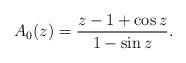
LaTeX: \begin{align*} A_0(z)=\frac{z-1+\cos z}{1-\sin z}.\end{align*}